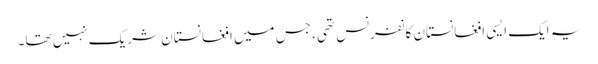
یہ ایک ایسی افغانستان کانفرنس تھی، جس میں افغانستان شریک نہیں تھا۔